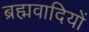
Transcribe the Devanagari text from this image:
ब्रह्मवादियों